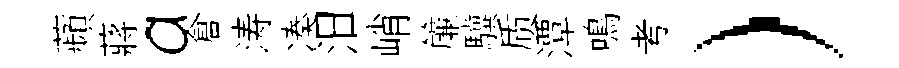
蘋蔣a倉涛凑汨峭簾驥质潭鳴考）